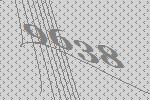
9638